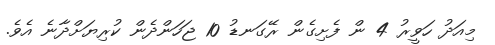
މިއަދު ހަވީރު 4 ން ފެށިގެން ރޭގަނޑު 10 ޖަހަންދެން ކުރިޔަށްދާނެ އެވެ.